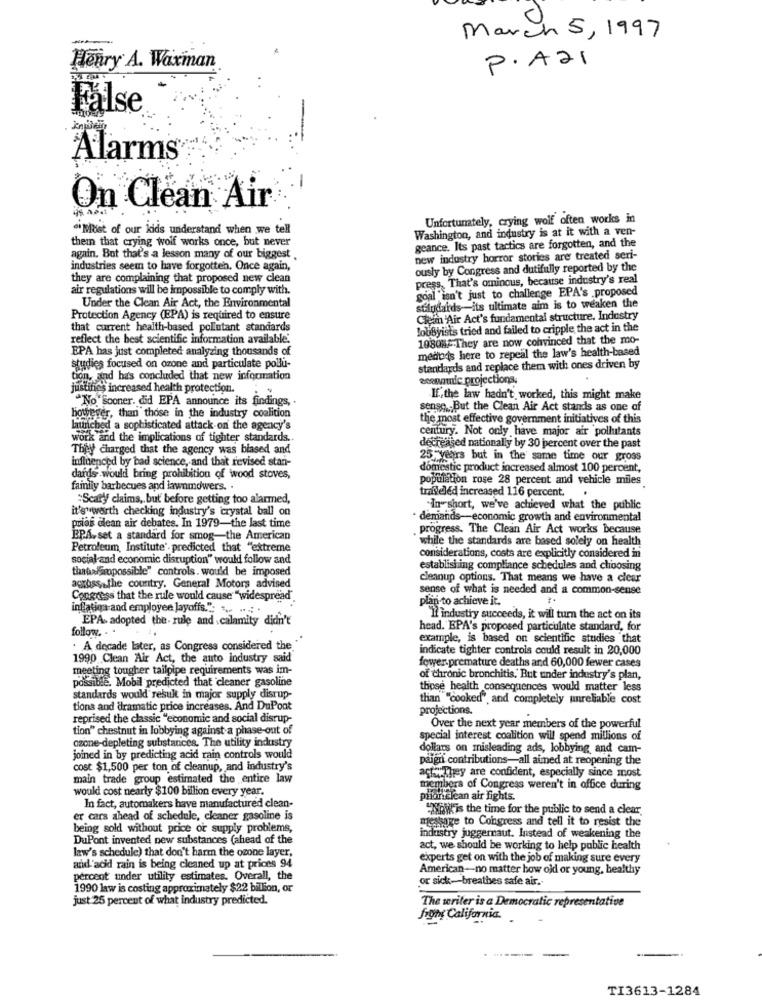
-
March 5, 1997
Henry A. Waxman
P.A21
False
kapitein
Alarms
On Clean Air
Unfortunately, crying wolf often works in
Most of our kids understand when we tell
Washington, and industry is at it with a ven-
them that crying wolf works once, but never
geance. Its past tactics are forgotten, and the
again. But that's a lesson many of our biggest .
new industry horror stories are treated seri-
industries seem to have forgotten. Once again,
ously by Congress and dutifully reported by the
they are complaining that proposed new clean
press, That's ominous, because industry's real
air regulations will be impossible to comply with.
goal 'isn't just to challenge EPA's .proposed
Under the Clean Air Act, the Environmental
standards-its ultimate aim is to weaken the
Protection Agency (EPA) is required to ensure
Clem Air Act's fundamental structure. Industry
that current health-based pollutant standards
lobbyists tried and failed to cripple the act in the
reflect the best scientific information available.
108082-They are now convinced that the mo-
EPA has just completed analyzing thousands of
medos here to repeal the law's health-based
studies focused on ozone and particulate pollu-
standards and replace them with ones driven by
tion, and has concluded that new information
ecenautic projections,
justifies increased health protection.
"No Sooner. did EPA announce its findings ,.
If ., the law hadn't worked, this might make
sense ., But the Clean Air Act stands as one of
however, than those in the industry coalition
the most effective government initiatives of this
laturiched a sophisticated attack on the agency's
century. Not only have major air pollutants
work and the implications of tighter standards ..
They charged that the agency was biased and
decreased nationally by 30 percent over the past
influenced by bad science, and that revised stan-
25 years but in the same time our gross
domestic product increased almost 100 percent,
dards would bring prohibition of wood stoves,
population rose 28 percent and vehicle miles
family barbecues and lawnmowers. .
trileléd increased 116 percent.
.
"Scarff claims ,. but before getting too alarmed,
it's worth checking industry's crystal ball on
In short, we've achieved what the public
· demands-economic growth and environmental
prias clean air debates. In 1979-the last time
progress. The Clean Air Act works because
EPA. set a standard for smog-the American
while the standards are based solely on health
Petroleum Institute'. predicted that "extreme
social and economic disruption" would follow and
considerations, costs are explicitly considered in
thatalGropossible" controls. would be imposed
establishing compliance schedules and choosing
cleanup options. That means we have a clear
across the country, General Motors advised
sense of what is needed and a common-sense
Congress that the rule would cause "widespread.
plan to achieve it.
inflation and employee layoffs.";
EPA adopted the- rule and calamity didn't
"Il industry succeeds, it will turn the act on its
follow. . .
head. EPA's proposed particulate standard, for
example, is based on scientific studies that
. A decade later, as Congress considered the
indicate tighter controls could result in 20,000
1990 Clean Air Act, the auto industry said
meeting tougher tailpipe requirements was im-
fewer.premature deaths and 60,000 fewer cases
possible. Mobil predicted that cleaner gasoline
of chronic bronchitis, But under industry's plan,
those health consequences would matter less
standards would result in major supply disrup-
than "cooked", and completely unreliable cost
tions and dramatic price increases. And DuPont
projections.
reprised the classic "economic and social disrup-
tion" chestnut in lobbying against a phase-out of
Over the next year members of the powerful
czone-depleting substances. The utility industry
special interest coalition will spend millions of
dollars on misleading ads, lobbying and cam-
joined in by predicting acid rain controls would
paign contributions-all aimed at reopening the
cost $1,500 per ton of cleanup, and industry's
main trade group estimated the entire law
act"They are confident, especially since most
would cost nearly $100 billion every year.
members of Congress weren't in office during
pianclean air Fights.
In fact, automakers have manufactured clean-
"Maik is the time for the public to send a clear
er cars ahead of schedule, cleaner gasoline is
message to Congress and tell it to resist the
being sold without price or supply problems,
DuPont invented new substances (ahead of the
industry juggernaut. Instead of weakening the
law's schedule) that don't harm the ozone layer,
act, we should be working to help public health
experts get on with the job of making sure every
and'acid rain is being cleaned up at prices 94
American-no matter how old or young, healthy
percent under utility estimates. Overall, the
or sick-breathes safe air.
1990 law is costing approximately $22 billion, or
just 25 percent of what industry predicted.
The writer is a Democratic representative
from California.
TI3613-1284